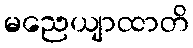
မညေယျာထာတိ